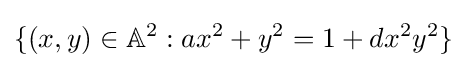
\{(x,y)\in \mathbb {A} ^{2}:ax^{2}+y^{2}=1+dx^{2}y^{2}\}